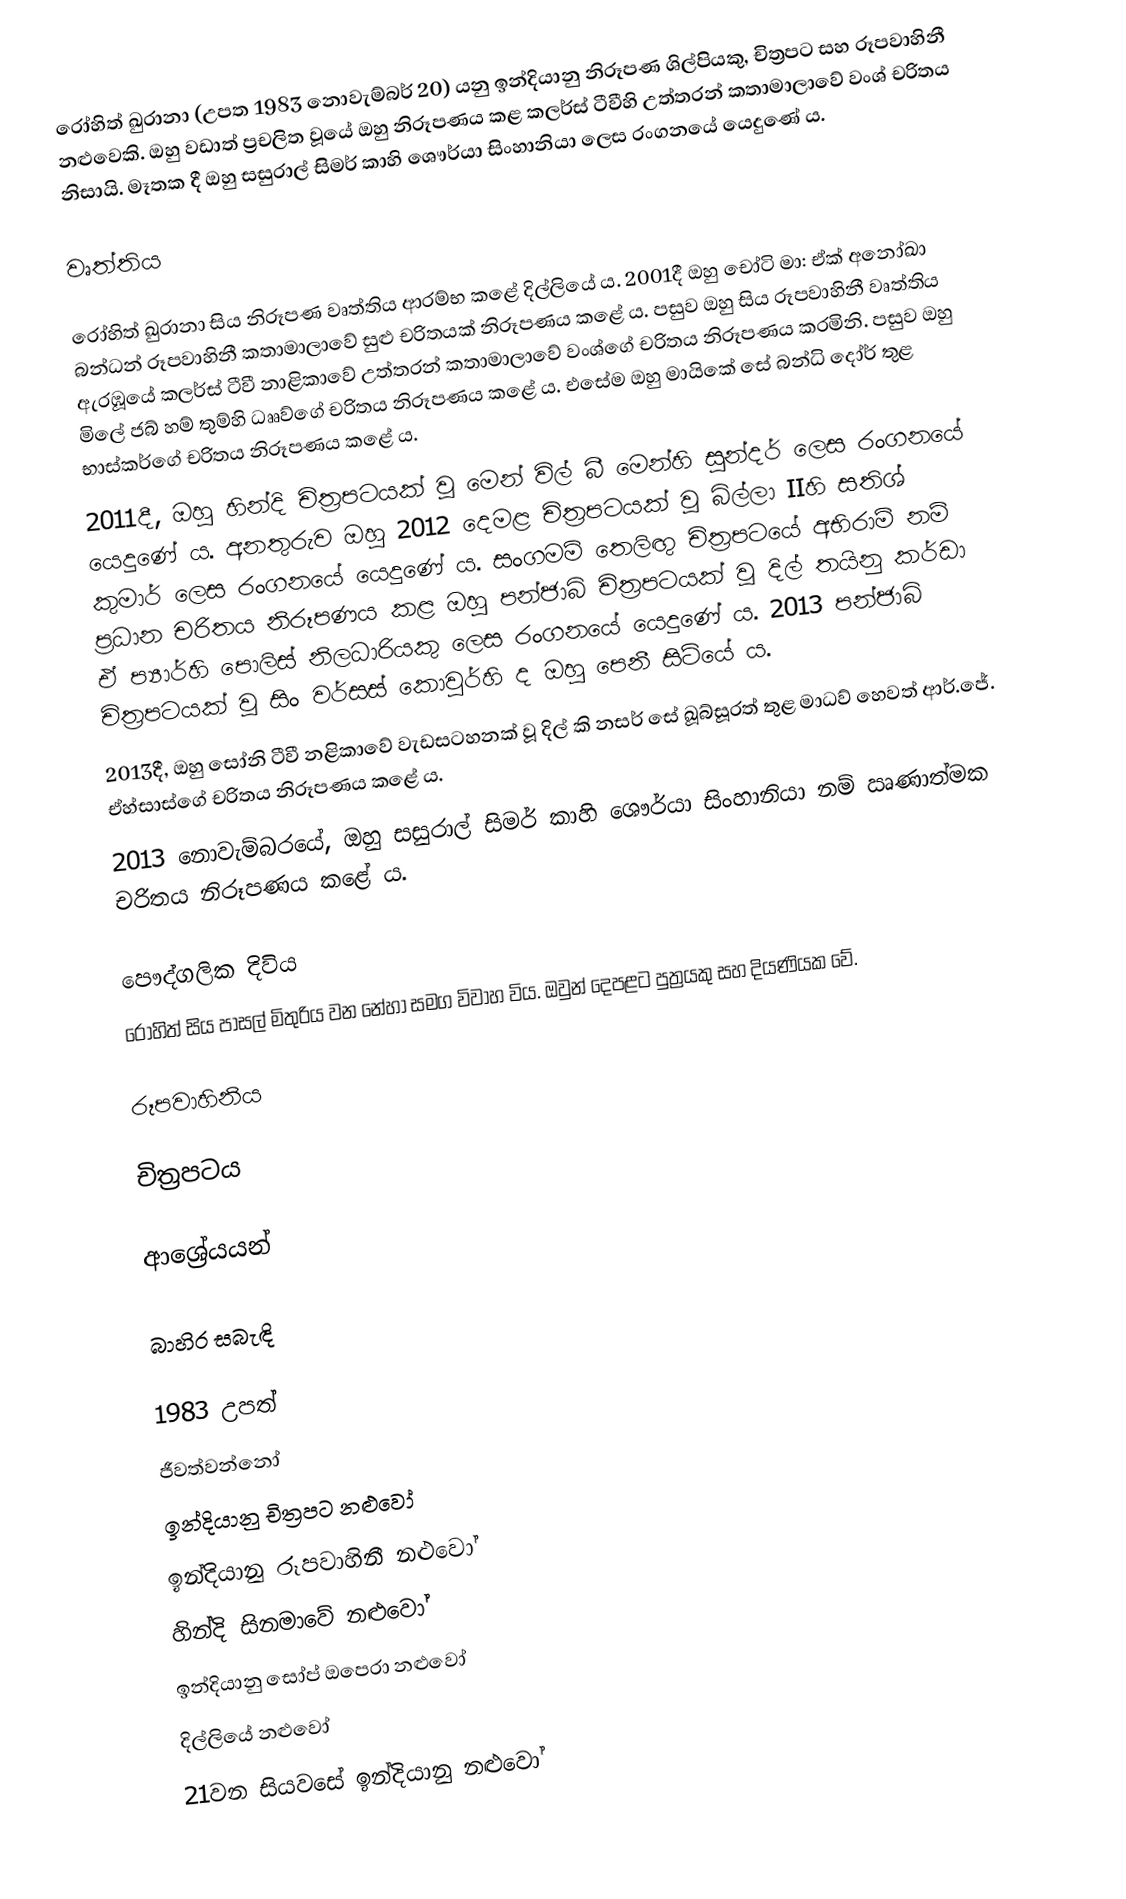
රෝහිත් ඛුරානා (උපත 1983 නොවැම්බර් 20) යනු ඉන්දියානු නිරූපණ ශිල්පියකු, චිත්‍රපට සහ රූපවාහිනී නළුවෙකි. ඔහු වඩාත් ප්‍රචලිත වූයේ ඔහු නිරූපණය කළ කලර්ස් ටීවීහි උත්තරන් කතාමාලාවේ වංශ් චරිතය නිසායි. මෑතක දී ඔහු සසුරාල් සිමර් කාහි ශෞර්යා සිංහානියා ලෙස රංගනයේ යෙදුණේ ය.

වෘත්තිය

රෝහිත් ඛුරානා සිය නිරූපණ වෘත්තිය ආරම්භ කළේ දිල්ලියේ ය. 2001දී ඔහු චෝටි මා: ඒක් අනෝඛා බන්ධන් රූපවාහිනී කතාමාලාවේ සුළු චරිතයක් නිරූපණය කළේ ය. පසුව ඔහු සිය රූපවාහිනී වෘත්තිය ඇරඹූයේ කලර්ස් ටීවී නාළිකාවේ  උත්තරන් කතාමාලාවේ වංශ්ගේ චරිතය නිරූපණය කරමිනි. පසුව ඔහු මිලේ ජබ් හම් තුම්හි ධෲව්ගේ චරිතය නිරූපණය කළේ ය. එසේම ඔහු මායිකේ සේ බන්ධි දෝර් තුළ භාස්කර්ගේ චරිතය නිරූපණය කළේ ය.
2011දී, ඔහු හින්දි චිත්‍රපටයක් වූ මෙන් විල් බී මෙන්හි සුන්දර් ලෙස රංගනයේ යෙදුණේ ය. අනතුරුව ඔහු 2012 දෙමළ චිත්‍රපටයක් වූ බිල්ලා IIහි  සතිශ් කුමාර් ලෙස රංගනයේ යෙදුණේ ය.   සංගමම් තෙලිඟු චිත්‍රපටයේ අභිරාම් නම් ප්‍රධාන චරිතය නිරූපණය කළ ඔහු පන්ජාබි චිත්‍රපටයක් වූ දිල් තයිනු කර්ඩා ඒ ප්‍යාර්හි පොලිස් නිලධාරියකු ලෙස රංගනයේ යෙදුණේ ය. 2013 පන්ජාබි චිත්‍රපටයක් වූ සිං වර්සස් කොවුර්හි ද ඔහු පෙනී සිටියේ ය.
2013දී, ඔහු සෝනි ටීවී නළිකාවේ වැඩසටහනක් වූ දිල් කි නසර් සේ ඛූබ්සූරත් තුළ මාධව් හෙවත් ආර්.ජේ. ඒහ්සාස්ගේ චරිතය නිරූපණය කළේ ය.
2013 නොවැම්බරයේ, ඔහු සසුරාල් සිමර් කාහි ශෞර්යා සිංහානියා නම් ඍණාත්මක චරිතය නිරූපණය කළේ ය.

පෞද්ගලික දිවිය
රෝහිත් සිය පාසල් මිතුරිය වන නේහා සමග විවාහ විය. ඔවුන් දෙපළට පුත්‍රයකු සහ දියණියක වේ.

රූපවාහිනිය

චිත්‍රපටය

ආශ්‍රේයයන්

බාහිර සබැඳි

1983 උපත්
ජීවත්වන්නෝ
ඉන්දියානු චිත්‍රපට නළුවෝ
ඉන්දියානු රූපවාහිනී නළුවෝ
හින්දි සිනමාවේ නළුවෝ
ඉන්දියානු සෝප් ඔපෙරා නළුවෝ
දිල්ලියේ නළුවෝ
21වන සියවසේ ඉන්දියානු නළුවෝ